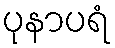
ပုနာပရံ